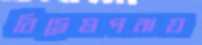
বিদ্বেষপরায়